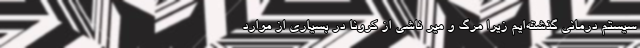
سیستم درمانی گذشته‌ایم زیرا مرگ و میر ناشی از کرونا در بسیاری از موارد